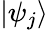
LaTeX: \textstyle|\psi_{j}\rangle